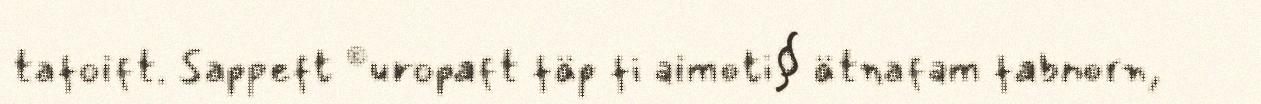
tafoift. Sappeft ©uropaft fäp fi aimoti§ ätnafam fabnorn,